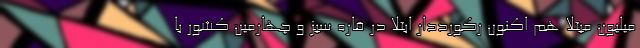
میلیون مبتلا هم اکنون رکورددار ابتلا در قاره سبز و چهارمین کشور با